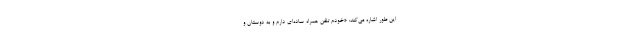
این طور اشاره می‌کند: «خودم تلفن همراه ساده‌ای دارم و به دوستان و